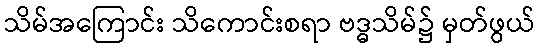
သိမ်အကြောင်း သိကောင်းစရာ ဗဒ္ဓသိမ်၌ မှတ်ဖွယ်